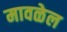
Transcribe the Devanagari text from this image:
मावळेल